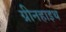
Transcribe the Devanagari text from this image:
ग्रीनहाइथ